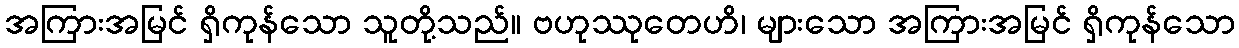
အကြားအမြင် ရှိကုန်သော သူတို့သည်။ ဗဟုဿုတေဟိ၊ များသော အကြားအမြင် ရှိကုန်သော